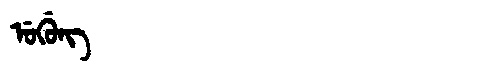
Manchu: ᡠᡤᡠᠩ
Romanization: UGUNG